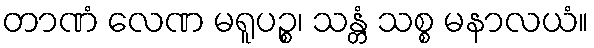
တာဏံ လေဏ မရူပဉ္စ၊ သန္တံ သစ္စ မနာလယံ။